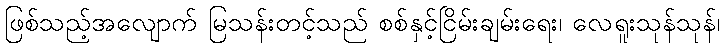
ဖြစ်သည့်အလျောက် မြသန်းတင့်သည် စစ်နှင့်ငြိမ်းချမ်းရေး၊ လေရူးသုန်သုန်၊